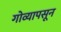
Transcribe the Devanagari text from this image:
गोव्यापसून